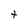
Character: t